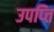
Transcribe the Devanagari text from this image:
उपप्त्ति